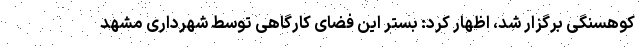
کوهسنگی برگزار شد، اظهار کرد: بستر این فضای کارگاهی توسط شهرداری مشهد